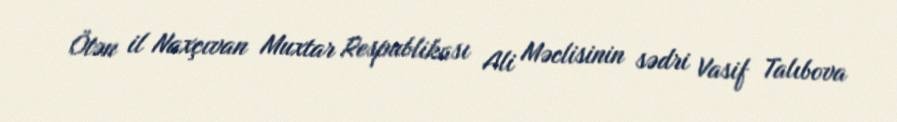
Ötən il Naxçıvan Muxtar Respublikası Ali Məclisinin sədri Vasif Talıbova